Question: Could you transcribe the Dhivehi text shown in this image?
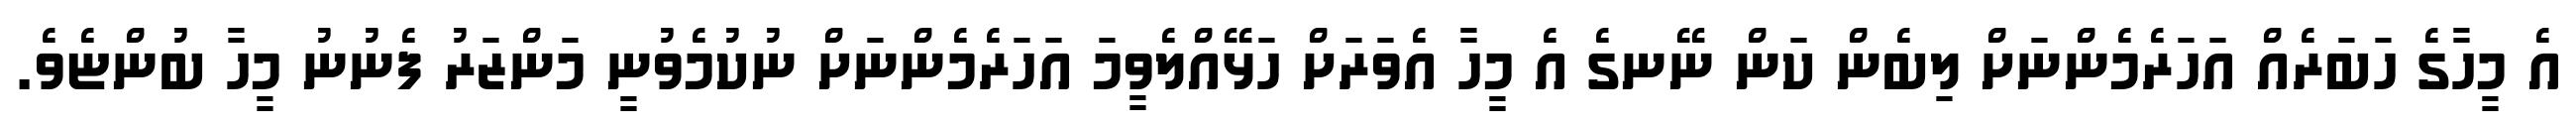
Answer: އެ މީހާގެ ހަބަރެއް އަހަރެމެންނަށް ލިބެން ކަން ނޭނގެ އެ މީހާ އެވަރަށް ހަޅޭއްލެވީމަ އަހަރެމެންނަށް ނުކުމެވުނީ މަންޒަރު ފެނުނު މީހާ ބުންޏެވެ.